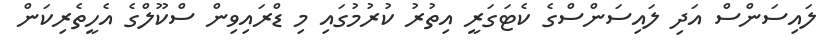
ލައިސަންސް އަދި ލައިސަންސްގެ ކެޓަގަރީ އިތުރު ކުރުމުގައި މި ޑްރައިވިން ސްކޫލްގެ އެހީތެރިކަން